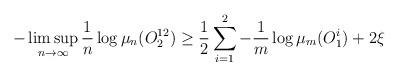
LaTeX: \begin{align*}-\limsup_{n \to \infty}\frac{1}{n}\log \mu_{n} (O_{2}^{12}) \geq \frac{1}{2} \sum_{i=1}^{2} -\frac{1}{m}\log \mu_{m}(O^{i}_{1}) +2\xi \end{align*}